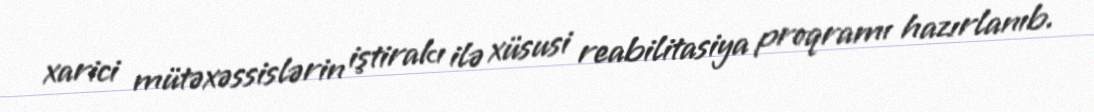
xarici mütəxəssislərin iştirakı ilə xüsusi reabilitasiya proqramı hazırlanıb.